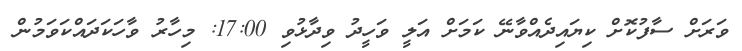
ވަރަށް ސާފުކޮށް ކިޔައިދެއްވާނޭ ކަމަށް އަލީ ވަހީދު ވިދާޅުވި 17:00: މިހާރު ވާހަކަދައްކަވަމުން